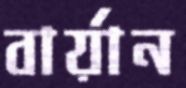
বার্য়ান